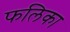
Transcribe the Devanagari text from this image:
फलिका